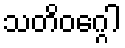
သတိဝဂ္ဂေါ